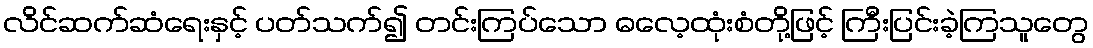
လိင်ဆက်ဆံရေးနှင့် ပတ်သက်၍ တင်းကြပ်သော ဓလေ့ထုံးစံတို့ဖြင့် ကြီးပြင်းခဲ့ကြသူတွေ